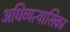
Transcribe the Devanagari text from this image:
अधिव्यत्यासिका